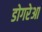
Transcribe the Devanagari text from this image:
डोगरेआ